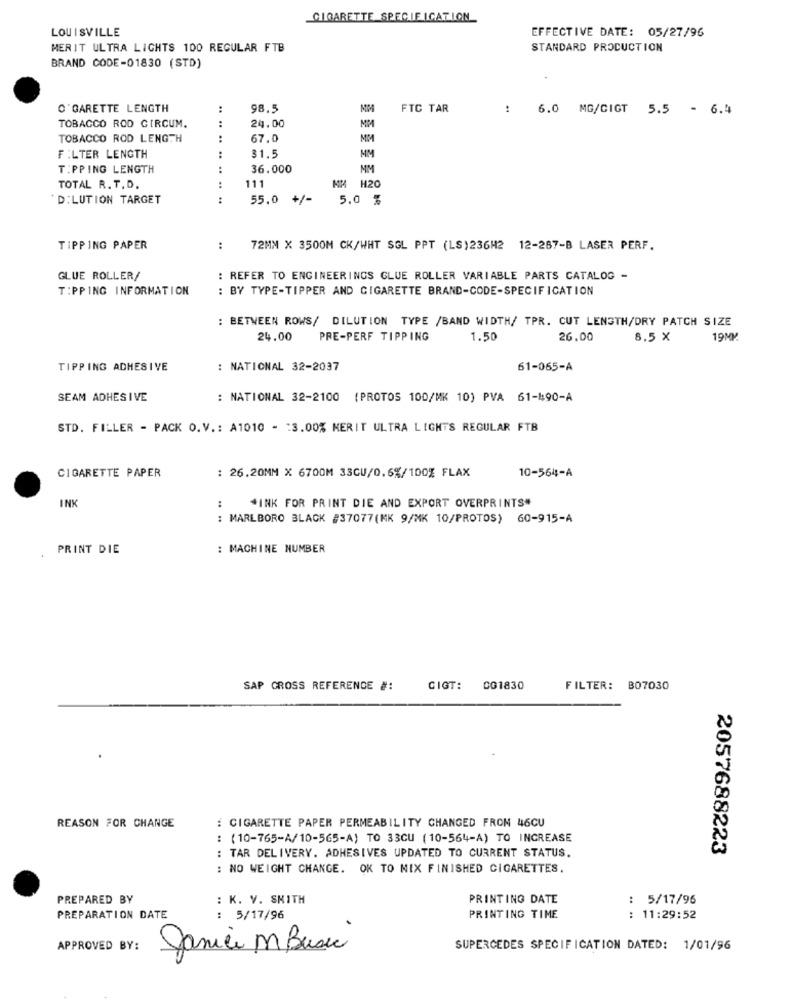
CIGARETTE SPECIFICATION
LOUISVILLE
EFFECTIVE DATE: 05/27/96
MERIT ULTRA LIGHTS 100 REGULAR FTB
STANDARD PRODUCTION
BRAND CODE-01830 (STD)
C'GARETTE LENGTH
..
98.5
FTC TAR
: 6.0 MG/CIGT 5.5 - 6.4
TOBACCO ROD CIRCUM.
24.00
TOBACCO ROD LENGTH
:
67.0
MM
31.5
FILTER LENGTH
:
MM
T:PPING LENGTH
:
36.000
MM
111
KM H20
TOTAL R. T.D.
D: LUTION TARGET
55.0
+/-
5.0 %
TIPPING PAPER
:
72MM X 3500M CK/WHT SGL PPT (LS)236H2 12-287-B LASER PERF.
GLUE ROLLER/
REFER TO ENGINEERINGS GLUE ROLLER VARIABLE PARTS CATALOG -
T:PPING INFORMATION
: BY TYPE-TIPPER AND CIGARETTE BRAND-CODE-SPECIFICATION
: BETWEEN ROWS/ DILUTION TYPE /BAND WIDTH/ TPR. CUT LENGTH/DRY PATCH SIZE
24.00
PRE-PERF TIPPING
1.50
26.00
8.5 X
19MM
TIPPING ADHESIVE
: NATIONAL 32-2037
61-065-A
SEAM ADHESIVE
: NATIONAL 32-2100 (PROTOS 100/MK 10) PVA 61-490-A
STD. FILLER - PACK O.V .: A1010 - : 3.00% MERIT ULTRA LIGHTS REGULAR FTB
CIGARETTE PAPER
10-564-A
: 26.20MM X 6700M 33CU/0.6%/100% FLAX
:
*INK FOR PRINT DIE AND EXPORT OVERPRINTS"
INK
: MARLBORO BLACK #37077(MK 9/MK 10/PROTOS) 60-915-A
PRINT DIE
: MACHINE NUMBER
SAP CROSS REFERENCE #:
CIGT:
CG1830
FILTER: 807030
REASON FOR CHANGE
: CIGARETTE PAPER PERMEABILITY CHANGED FRON 46CU
: (10-765-A/10-565-A) TO 33CU (10-564-A) TO INCREASE
2057688223
: TAR DELIVERY. ADHESIVES UPDATED TO CURRENT STATUS.
: NO WEIGHT CHANGE. OK TO MIX FINISHED CIGARETTES.
PREPARED BY
: K. V. SMITH
PRINTING DATE
..
5/17/96
PREPARATION DATE
: 5/17/96
PRINTING TIME
: 11:29:52
APPROVED BY:
Janice M Bussi
SUPERCEDES SPECIFICATION DATED: 1/01/96